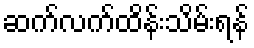
ဆက်လက်ထိန်းသိမ်းရန်